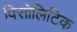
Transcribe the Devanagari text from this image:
पिसोलिटिक